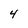
Character: 4